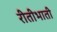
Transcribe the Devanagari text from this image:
रीतीभाती